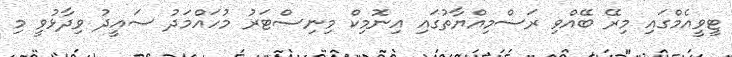
ޓީވީއެމްގައި މިރޭ ބޭއްވި ރަސްމިއްޔާތުގައި އިނޮމިކް މިނިސްޓަރު މުހައްމަދު ސައީދު ވިދާޅުވީ މި